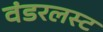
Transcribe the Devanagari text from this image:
वंडरलस्ट